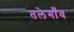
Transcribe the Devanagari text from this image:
तलेगाँव